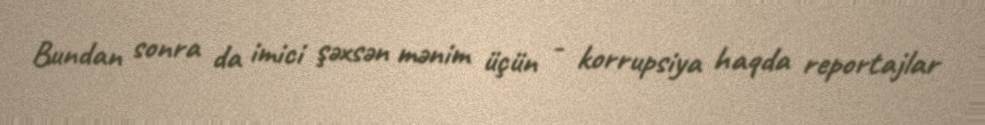
Bundan sonra da imici şəxsən mənim üçün - korrupsiya haqda reportajlar